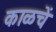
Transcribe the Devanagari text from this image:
काळचें